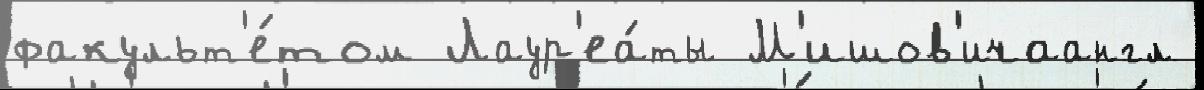
факульт'е́том Лаур'еа́ты М'ишов'ичаангл